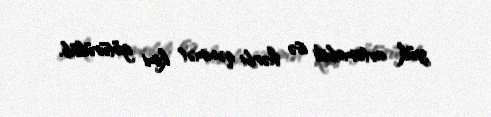
yük avtomobili isə hərbi qənimət kimi götürülüb.